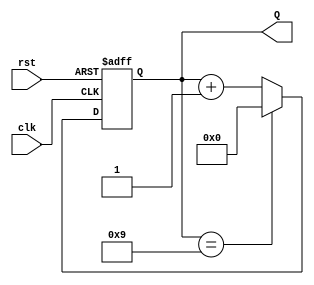
module DecadeCounter (
    input wire clk,    // Clock input
    input wire rst,    // Reset input
    output reg [3:0] Q // 4-bit counter output
);

// Asynchronous reset and counting logic
always @(posedge clk or posedge rst) begin
    if (rst) begin
        Q <= 4'b0000; // Reset the counter to 0
    end else begin
        if (Q == 4'b1001) begin
            Q <= 4'b0000; // Reset to 0 when count reaches 10
        end else begin
            Q <= Q + 1; // Increment the counter
        end
    end
end

endmodule